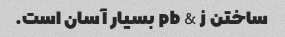
ساختن pb & j بسیار آسان است.